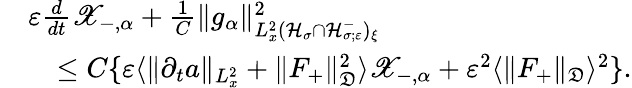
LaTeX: \begin{array}{rl}&{\varepsilon\frac{d}{dt}\mathscr X_{-,\alpha}+\frac{1}{C}\| g_{\alpha}\| _{L_{x}^{2}(\mathcal H_{\sigma}\cap\mathcal H_{\sigma;\varepsilon}^{-})_{\xi}}^{2}}\\ &{\quad\leq C\{ \varepsilon\langle\| \partial_{t}a\| _{L_{x}^{2}}+\| F_{+}\| _{\mathfrak D}^{2}\rangle\mathscr X_{-,\alpha}+\varepsilon^{2}\langle\| F_{+}\| _{\mathfrak D}\rangle^{2}\} .}\end{array}